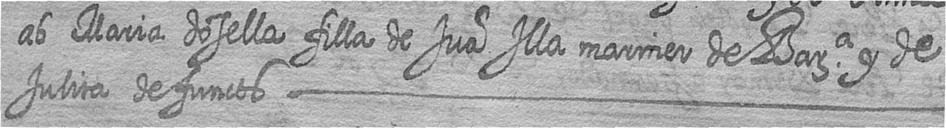
ab Maria dosella filla de Jua Illa mariner de Bara y de Julita defuncts